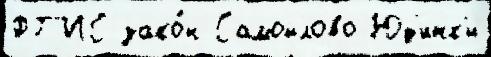
ФГ'ИС зако́н Самойлово Юд'инк'и